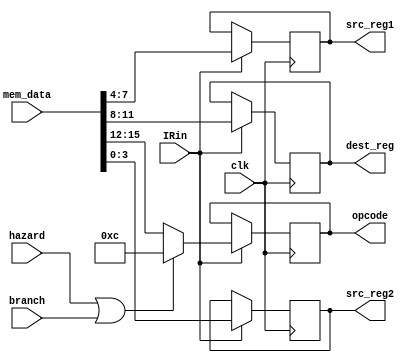
module IR(input [15:0] mem_data,
          input clk,
		  input IRin, //load enable
		  input hazard,
		  input branch,
		  output reg [3:0] opcode,
          output reg [3:0] dest_reg,
          output reg [3:0] src_reg1,
          output reg [3:0] src_reg2);
        
	initial begin
	   //loading the op to be NOP
	   opcode <= 4'b1100; 
	   dest_reg <= 0;
	   src_reg1 <= 0;
	   src_reg2 <= 0;
	end
	
	always@(posedge clk)
    begin
        if(IRin)
        begin
            if ( hazard || branch ) begin
                src_reg2 <= mem_data[3:0];
                src_reg1 <= mem_data[7:4];
                dest_reg <= mem_data[11:8];
                opcode <= 4'b1100; end
            else begin
                src_reg2 <= mem_data[3:0];
                src_reg1 <= mem_data[7:4];
                dest_reg <= mem_data[11:8];
                opcode <= mem_data[15:12]; end
        end
    end
	


endmodule